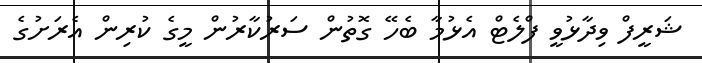
ޝަރީފް ވިދާޅުވީ ފްލެޓް އެޅުމާ ބެހޭ ގޮތުން ސަރުކާރުން މީގެ ކުރިން އެރަށުގެ